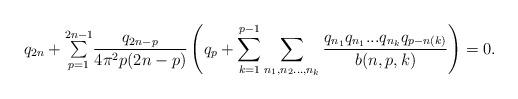
LaTeX: \begin{align*}q_{2n}+{\textstyle\sum\limits_{p=1}^{2n-1}}\frac{q_{2n-p}}{4\pi^{2}p(2n-p)}\left( q_{p}+\sum_{k=1}^{p-1}\sum_{n_{1},n_{2}...,n_{k}}\frac{q_{n_{1}}q_{n_{1}}...q_{n_{k}}q_{p-n(k)}}{b(n,p,k)}\right) =0.\end{align*}